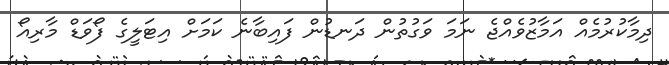
ދިމާކުރުމެއް އަމާޒުވެއްޖެ ނަމަ ވަގުތުން ދަނޑުން ފައިބާނެ ކަމަށް އިޓަލީގެ ފޯވަޑް މާރިއޯ